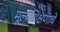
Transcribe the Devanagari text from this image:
मूल्यशिक्षणाचे